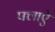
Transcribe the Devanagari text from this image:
फ्लाऐ